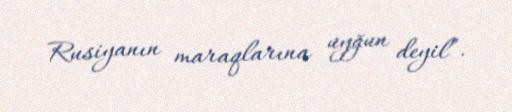
Rusiyanın maraqlarına uyğun deyil”.